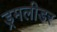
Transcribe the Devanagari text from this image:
ड्रमलीडर